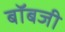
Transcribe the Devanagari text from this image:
बॉबजी